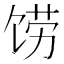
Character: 𲋦